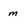
Character: m